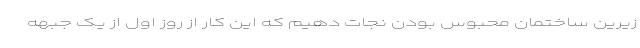
زیرین ساختمان محبوس بودن نجات دهیم که این کار از روز اول از یک جبهه